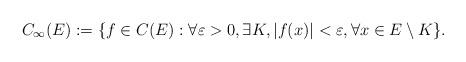
LaTeX: \begin{align*}C_\infty(E):=\{f\in C(E): \forall \varepsilon>0, \exists K, |f(x)|<\varepsilon, \forall x\in E\setminus K\}. \end{align*}